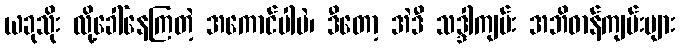
ယခုသိုး လို့ခေါ်နေကြတဲ့ အကောင်ပါပဲ၊ ဒီတော့ အဲဒီ သဒ္ဒါကျမ်း အဘိဓာန်ကျမ်းများ